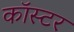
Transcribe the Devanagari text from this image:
कॉस्टर